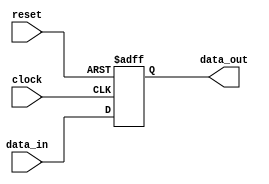
`timescale 1ns / 1ps

module d_ff(data_in,clock,reset,data_out);

input [7:0] data_in;
input clock;
input reset;
output reg [7:0] data_out;

always@(posedge clock or posedge reset)
begin
    if(reset)
    data_out <= 8'b0000_0000;
    else
    data_out <= data_in;
end

endmodule